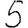
Digit: 5